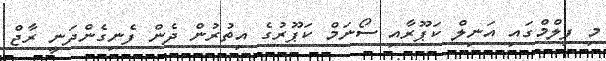
މި ފިލްމްގައި އަނިލް ކަޕޫރާއި ސޯނަމް ކަޕޫރުގެ އިތުރުން ދެން ފެނިގެންދަނީ ރާޖް